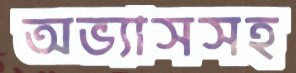
অভ্যাসসহ